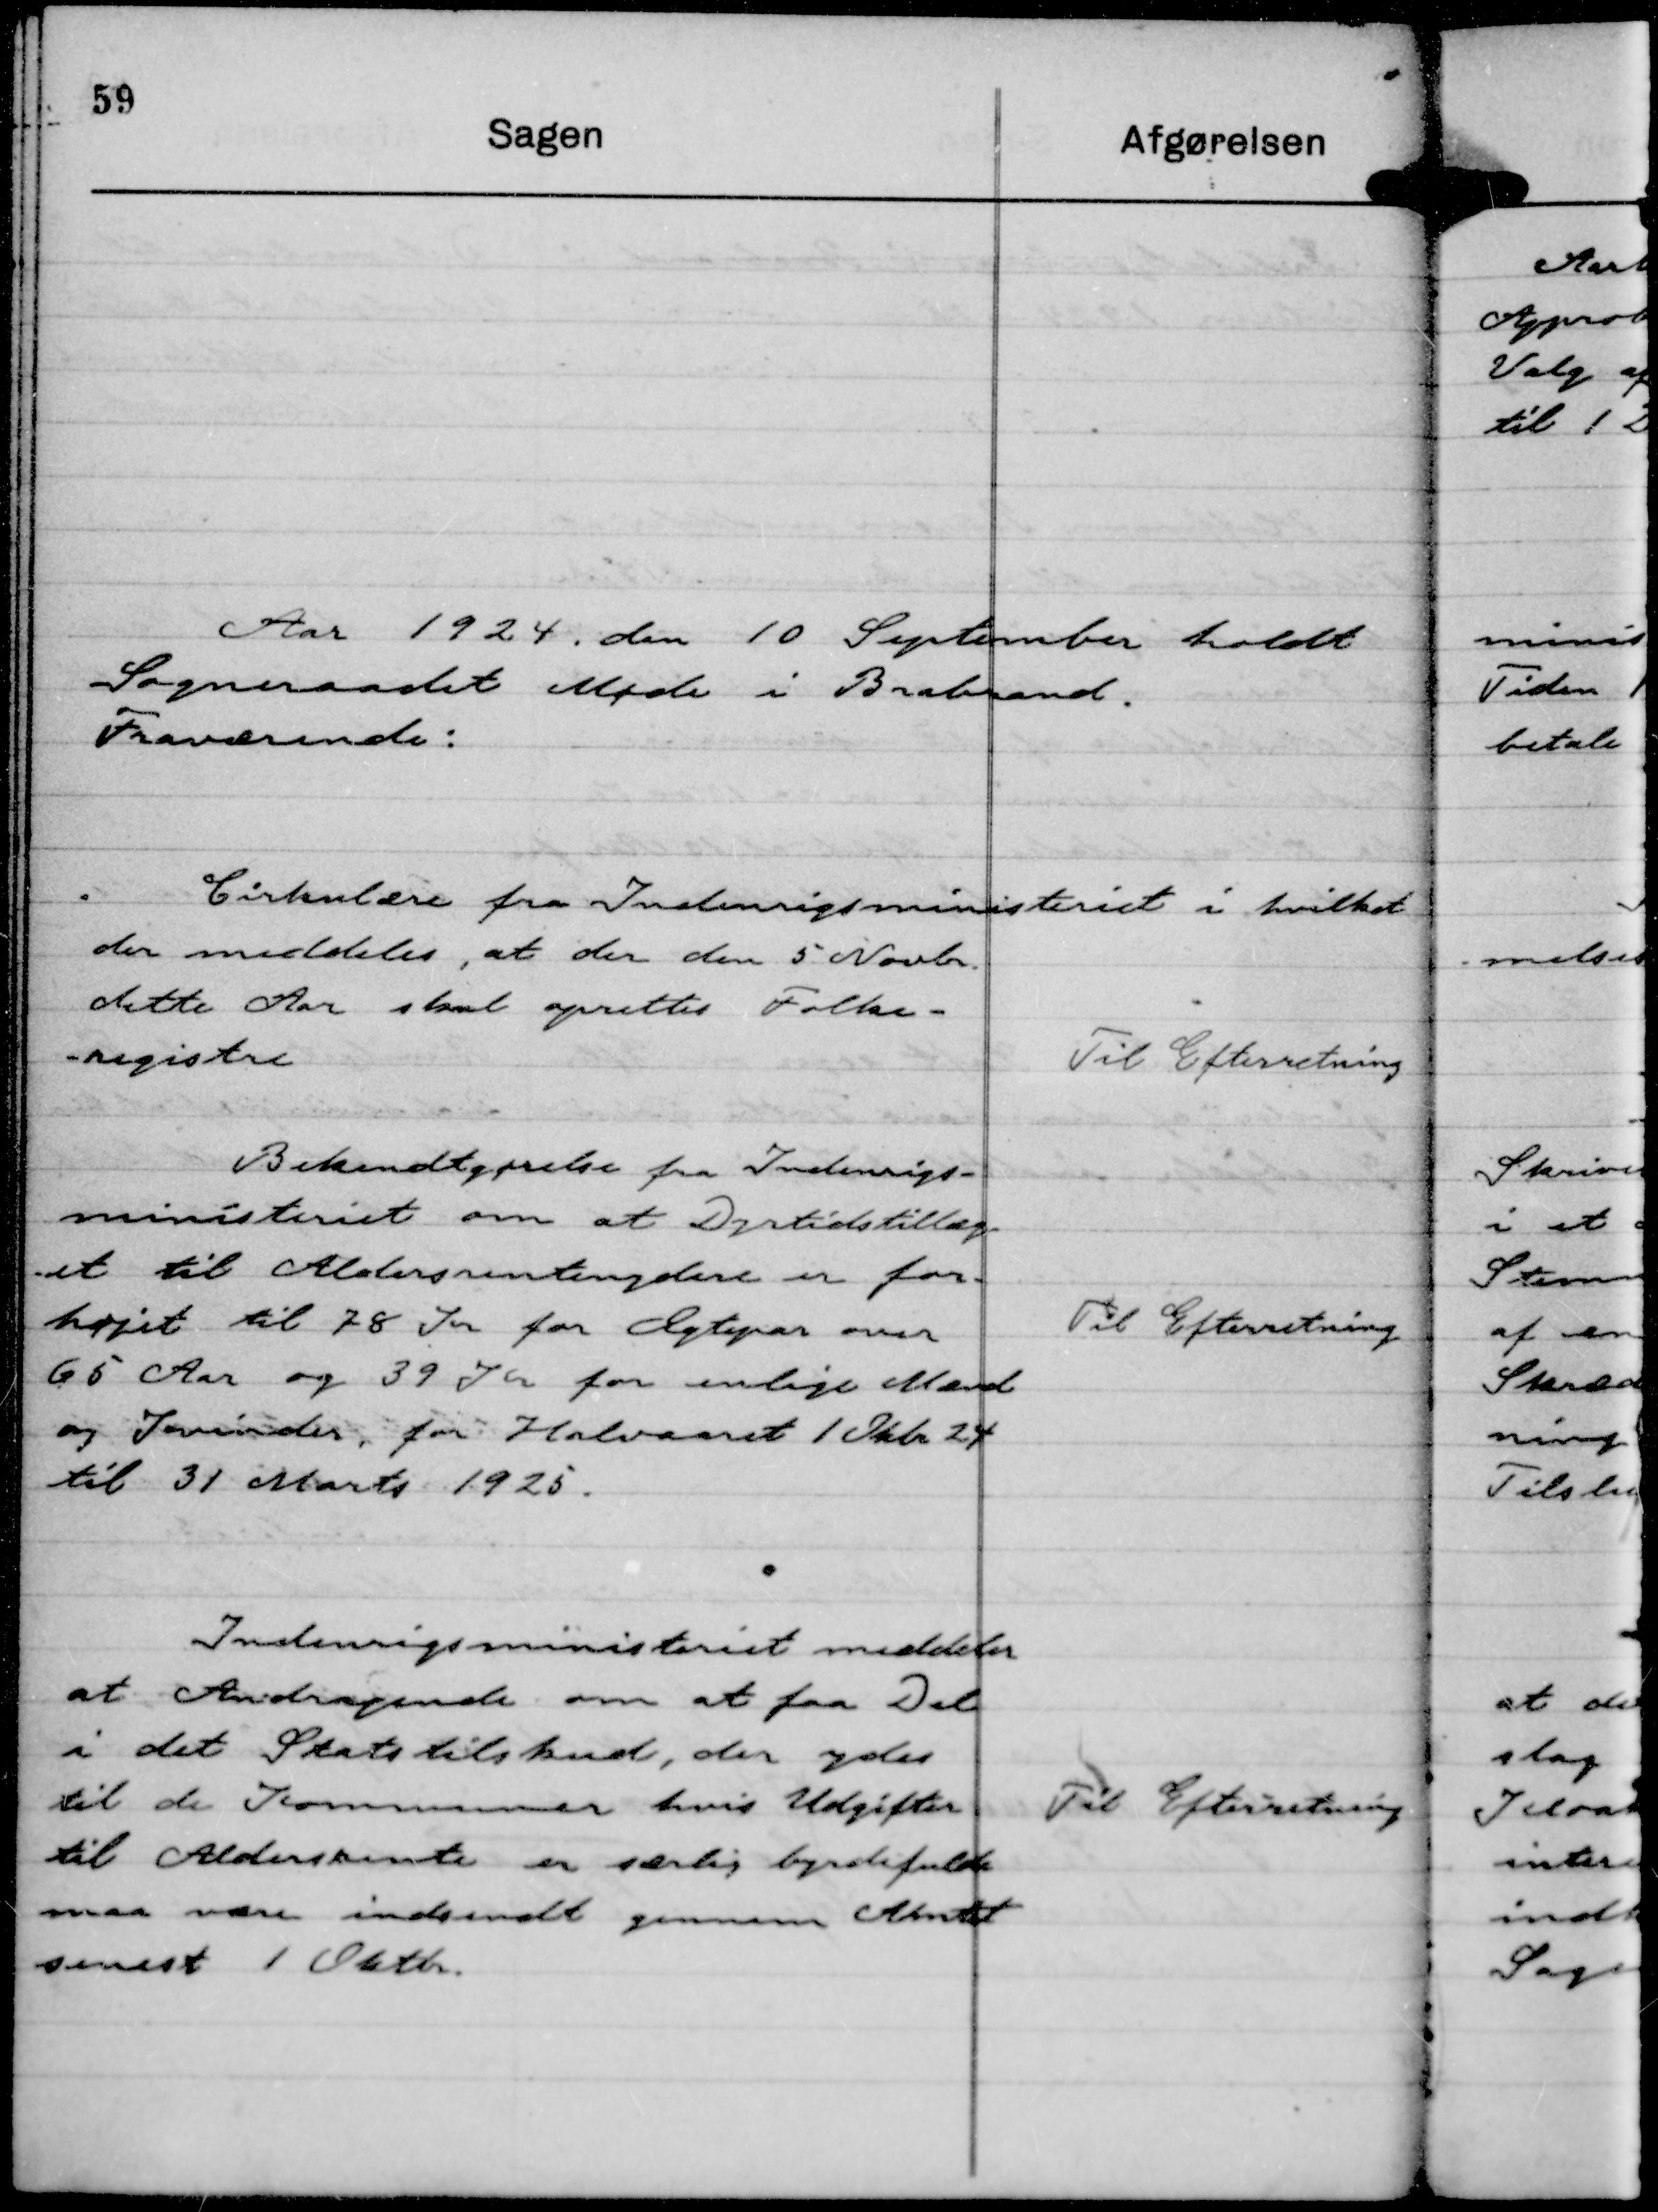
Transskription:
Aar 1924 den 10 September holdt
Sogneraadet Møde i Brabrand.
Fraværende:

Cirkulære fra Indenrigsministeriet i hvilket
der meddeles, at der den 5 Novbr.
dette Aar skal oprettes Folke-
-registre

Til Efterretning

Bekendtgørelse fra Indenrigs-
ministeriet om at Dyrtidstillæg-
et til Aldersrentenydere er for-
højet til 78 Kr for Ægtepar over
65 Aar og 39 Kr for enlige Mænd
og Kvinder, for Halvaaret 1 Okbr 24
til 31 Marts 1925.

Til Efterretning

Indenrigsministeriet meddeler
at Andragende om at faa Del
i det Statstilskud, der ydes
til de Kommuner hvis Udgifter
til Aldersrente er særlig byrdefulde
maa være indsendt gennem Amtet
senest 1 Oktbr.

Til Efterretning